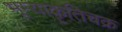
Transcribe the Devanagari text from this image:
भूम्याकृतिचक्र